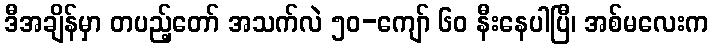
ဒီအချိန်မှာ တပည့်တော် အသက်လဲ ၅၀-ကျော် ၆၀ နီးနေပါပြီ၊ အစ်မလေးက